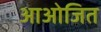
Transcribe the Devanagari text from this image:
आओजित